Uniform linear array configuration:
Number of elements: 12
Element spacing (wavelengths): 0.25
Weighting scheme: exponential
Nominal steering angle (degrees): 0
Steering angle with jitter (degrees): -1.76
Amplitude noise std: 0.05
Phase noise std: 0.05

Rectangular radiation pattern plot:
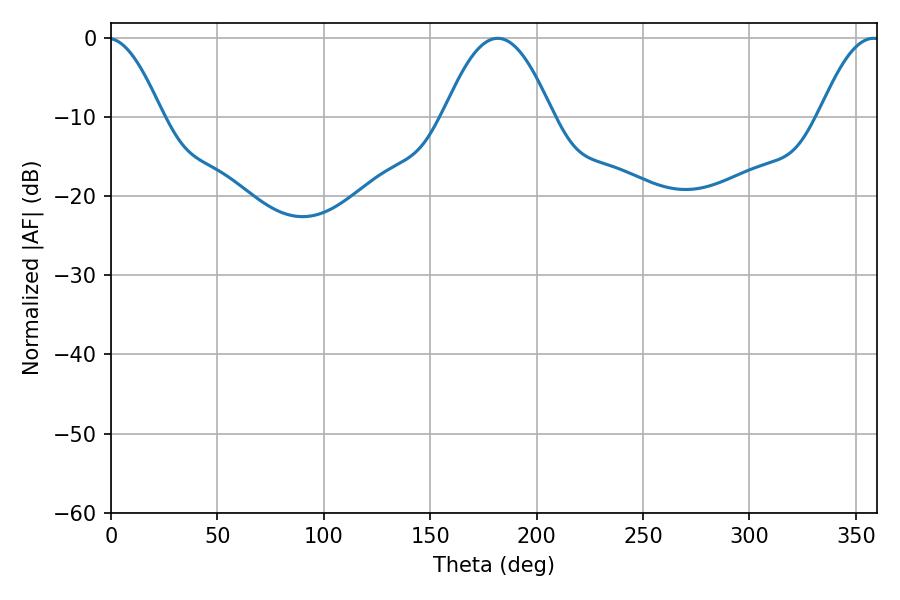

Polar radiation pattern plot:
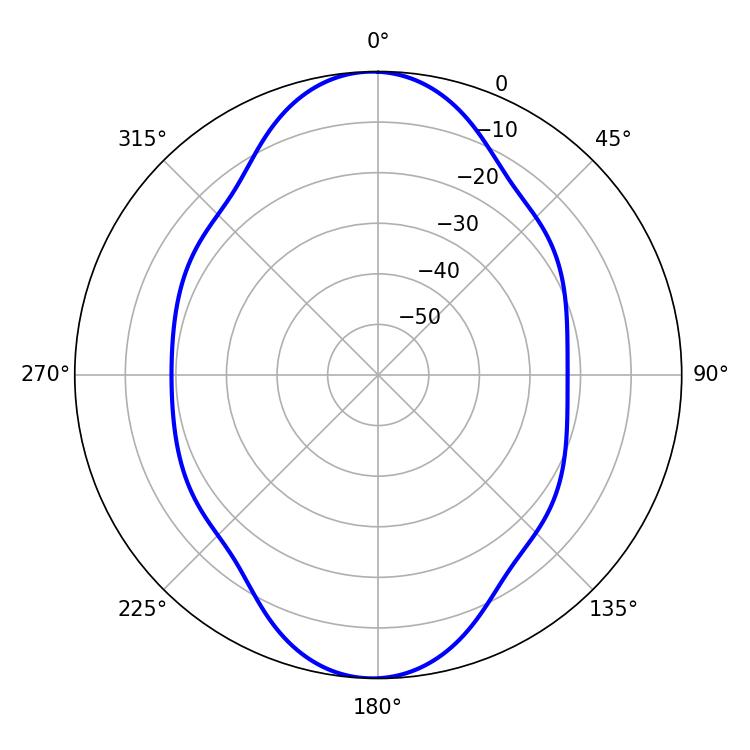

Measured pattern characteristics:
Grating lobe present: FALSE
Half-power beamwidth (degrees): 27.9
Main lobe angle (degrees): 181.8